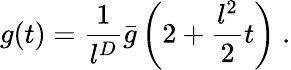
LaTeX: g(t)=\frac{1}{l^{D}}\bar{g}\left(2+\frac{l^{2}}{2}t\right)\ .